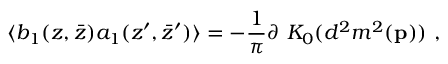
\langle b _ { 1 } ( z , \bar { z } ) a _ { 1 } ( z ^ { \prime } , \bar { z } ^ { \prime } ) \rangle = - { \frac { 1 } { \pi } } \partial ~ K _ { 0 } ( d ^ { 2 } m ^ { 2 } ( { \bf p } ) ) ~ ,